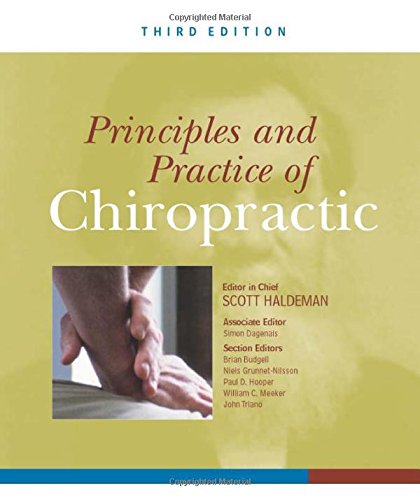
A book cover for Principles and Practices of Chiropractic; Scott Haldeman; Medical Books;